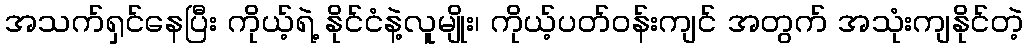
အသက်ရှင်နေပြီး ကိုယ့်ရဲ့ နိုင်ငံနဲ့လူမျိုး၊ ကိုယ့်ပတ်ဝန်းကျင် အတွက် အသုံးကျနိုင်တဲ့